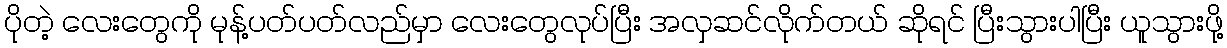
ပိုတဲ့ လေးတွေကို မုန့်ပတ်ပတ်လည်မှာ လေးတွေလုပ်ပြီး အလှဆင်လိုက်တယ် ဆိုရင် ပြီးသွားပါပြီး ယူသွားဖို့